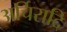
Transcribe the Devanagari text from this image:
अर्चिरादि